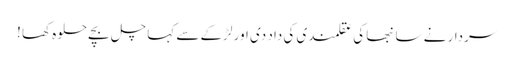
سردار نے سانبھا کی عقلمندی کی داد دی اور لڑکے سے کہا چل بچے حلوہ کھا !